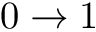
0 \rightarrow 1